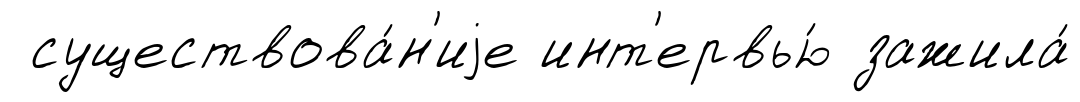
существова́н'иjе инт'ервью́ зажила́